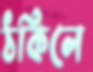
ঠকিলে